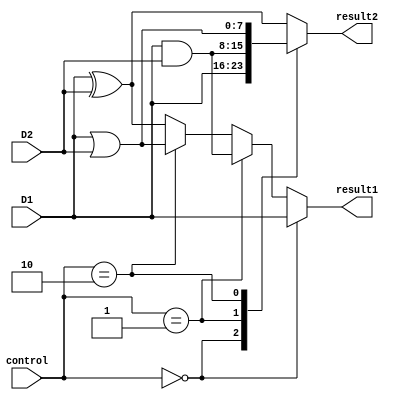
`timescale 1ns / 1ps
//////////////////////////////////////////////////////////////////////////////////
// Company: 
// Engineer: 
// 
// Design Name: 
// Module Name:    assignments 
// Project Name: 
// Target Devices: 
// Tool versions: 
// Description: 
//
// Dependencies: 
//
// Revision: 
// Revision 0.01 - File Created
// Additional Comments: 
//
//////////////////////////////////////////////////////////////////////////////////
module assignments(
    input [1:0] control,
    input [7:0] D1,
    input [7:0] D2,
    output [7:0] result1,										// not reg because assigned
    output reg [7:0] result2									// has to be reg because soly solved when inputs change
    );

assign result1 = 	(control == 2'b00) ? D1      :		// done as assign
						(control == 2'b01) ? D1 & D2 :
						(control == 2'b10) ? D1 | D2 :
						                     D1 ^ D2 ;

always @(*)
	begin
		case (control)												// done as case, identical circuit
			2'b00: 	result2 = D1;
			2'b01: 	result2 = D1 & D2;
			2'b10: 	result2 = D1 | D2;
			default: result2 = D1 ^ D2;
		endcase
	end
	
endmodule